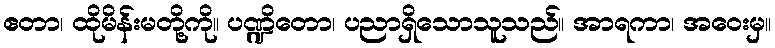
ဧတာ၊ ထိုမိန်းမတို့ကို။ ပဏ္ဍိတော၊ ပညာရှိသောသူသည်။ အာရကာ၊ အဝေးမှ။